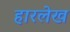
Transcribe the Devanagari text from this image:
हारलेख